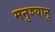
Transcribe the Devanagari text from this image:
मनुश्‍यानु